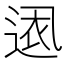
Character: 𮞕